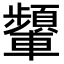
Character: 𨏞